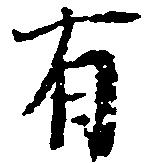
有